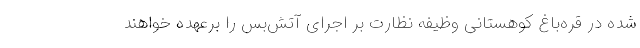
شده در قره‌باغ کوهستانی وظیفه نظارت بر اجرای آتش‌بس را برعهده خواهند